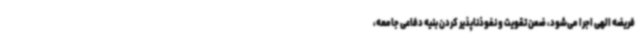
فریضه الهی اجرا می‌شود، ضمن تقویت و نفوذناپذیر کردن بنیه دفاعی جامعه،